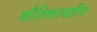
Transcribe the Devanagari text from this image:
कौतिकाबाईंना